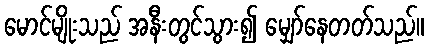
မောင်မျိုးသည် အနီးတွင်သွား၍ မျှော်နေတတ်သည်။